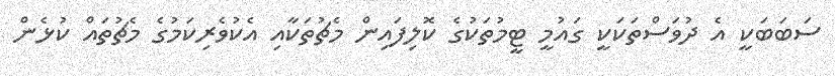
ސަބަބަކީ އެ ދުވަސްތަކަކީ ގައުމީ ޓީމުތަކުގެ ކޮލިފައިން މެޗުތަކާއި އެކުވެރިކަމުގެ މެޗުތައް ކުޅެން